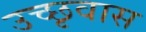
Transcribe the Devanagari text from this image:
उच्छृवास